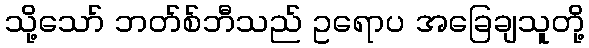
သို့သော် ဘတ်စ်ဘီသည် ဥရောပ အခြေချသူတို့